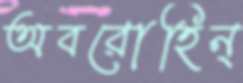
অবরোহিন্